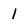
Character: 1